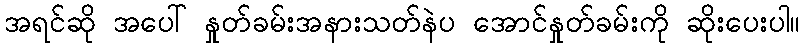
အရင်ဆို အပေါ် နှုတ်ခမ်းအနားသတ်နဲပ အောင်နှုတ်ခမ်းကို ဆိုးပေးပါ။